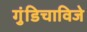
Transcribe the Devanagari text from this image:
गुंडिचाविजे